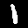
Label: 1